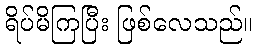
ရိပ်မိကြပြီး ဖြစ်လေသည်။